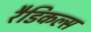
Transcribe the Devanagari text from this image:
रैडिकल्स